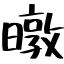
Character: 暾